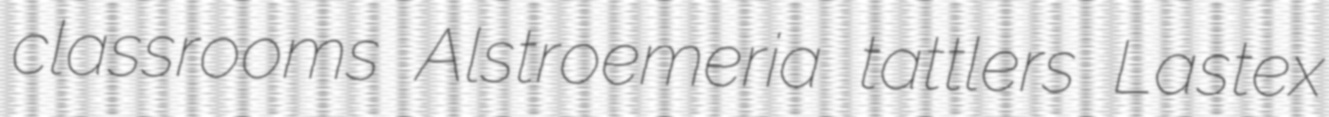
classrooms Alstroemeria tattlers Lastex